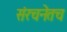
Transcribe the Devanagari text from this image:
संरचनेतच